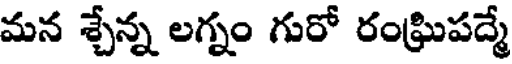
మన శ్చేన్న లగ్నం గురో రంఘ్రిపద్మే